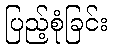
ပြည့်စုံခြင်း